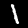
Label: 1